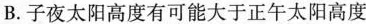
B.子夜太阳高度有可能大于正午太阳高度